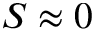
S \approx 0